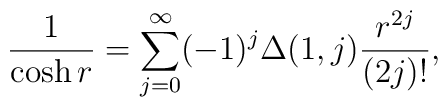
\frac{1}{\cosh r}  = \sum_{j=0}^{\infty}(-1)^j \Delta (1,j) \frac{r^{2j}}{(2j)!},